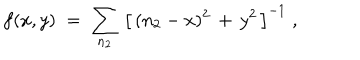
f ( x , y ) \; = \; \sum _ { n _ { 2 } } \, \left[ \, ( n _ { 2 } - x ) ^ { 2 } \, + \, y ^ { 2 } \, \right] ^ { - 1 } \; ,